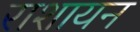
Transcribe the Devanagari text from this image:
राशायन